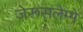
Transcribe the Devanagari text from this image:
जेरूसलेम्मे